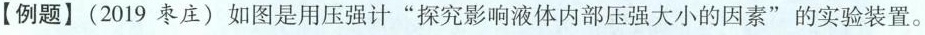
例题】(2019枣庄)如图是用压强计”探究影响液体内部压强大小的因素”的实验装置。